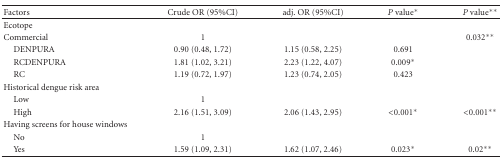
<table><thead><tr><td><b>Factors</b></td><td><b>Crude OR (95%CI)</b></td><td><b>adj. OR (95%CI)</b></td><td><b><i>P</i> value*</b></td><td><b><i>P</i> value**</b></td></tr></thead><tbody><tr><td>Ecotope</td><td></td><td> </td><td></td><td></td></tr><tr><td>Commercial</td><td>1</td><td> </td><td></td><td>0.032**</td></tr><tr><td> DENPURA</td><td>0.90 (0.48, 1.72)</td><td>1.15 (0.58, 2.25)</td><td>0.691</td><td> </td></tr><tr><td> RCDENPURA </td><td>1.81 (1.02, 3.21)</td><td>2.23 (1.22, 4.07)</td><td>0.009*</td><td></td></tr><tr><td> RC</td><td>1.19 (0.72, 1.97)</td><td>1.23 (0.74, 2.05)</td><td>0.423</td><td></td></tr><tr><td>Historical dengue risk area</td><td></td><td> </td><td></td><td></td></tr><tr><td> Low</td><td>1</td><td> </td><td></td><td></td></tr><tr><td> High</td><td>2.16 (1.51, 3.09)</td><td>2.06 (1.43, 2.95)</td><td>&lt;0.001*</td><td>&lt;0.001**</td></tr><tr><td>Having screens for house windows</td><td></td><td> </td><td></td><td></td></tr><tr><td> No</td><td>1</td><td> </td><td></td><td></td></tr><tr><td> Yes</td><td>1.59 (1.09, 2.31)</td><td>1.62 (1.07, 2.46)</td><td>0.023*</td><td>0.02**</td></tr></tbody></table>